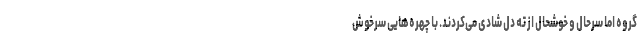
گروه اما سرحال و خوشحال از ته دل شادی می‌کردند. با چهره‌هایی سرخوش